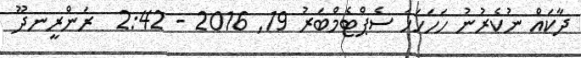
ދާކައް ނުކެރުނު ހަހަހަހަ ސެޕްޓެމްބަރު 19